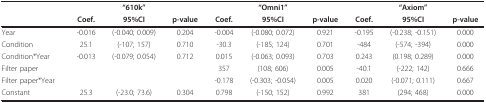
<table><thead><tr><td></td><td></td><td><b>&quot;610k&quot;</b></td><td></td><td></td><td><b>&quot;Omni1&quot;</b></td><td></td><td></td><td><b>&quot;Axiom&quot;</b></td><td></td></tr><tr><td></td><td><b>Coef.</b></td><td><b>95%CI</b></td><td><b>p-value</b></td><td><b>Coef.</b></td><td><b>95%CI</b></td><td><b>p-value</b></td><td><b>Coef.</b></td><td><b>95%CI</b></td><td><b>p-value</b></td></tr></thead><tbody><tr><td>Year</td><td>-0.016</td><td>(-0.040; 0.009)</td><td>0.204</td><td>-0.004</td><td>(-0.080; 0.072)</td><td>0.921</td><td>-0.195</td><td>(-0.238; -0.151)</td><td>0.000</td></tr><tr><td>Condition</td><td>25.1</td><td>(-107; 157)</td><td>0.710</td><td>-30.3</td><td>(-185; 124)</td><td>0.701</td><td>-484</td><td>(-574; -394)</td><td>0.000</td></tr><tr><td>Condition*Year</td><td>-0.013</td><td>(-0.079; 0.054)</td><td>0.712</td><td>0.015</td><td>(-0.063; 0.093)</td><td>0.703</td><td>0.243</td><td>(0.198; 0.289)</td><td>0.000</td></tr><tr><td>Filter paper</td><td></td><td></td><td></td><td>357</td><td>(108; 606)</td><td>0.005</td><td>-40.1</td><td>(-222; 142)</td><td>0.666</td></tr><tr><td>Filter paper*Year</td><td></td><td></td><td></td><td>-0.178</td><td>(-0.303; -0.054)</td><td>0.005</td><td>0.020</td><td>(-0.071; 0.111)</td><td>0.667</td></tr><tr><td>Constant</td><td>25.3</td><td>(-23.0; 73.6)</td><td>0.304</td><td>0.798</td><td>(-150; 152)</td><td>0.992</td><td>381</td><td>(294; 468)</td><td>0.000</td></tr></tbody></table>